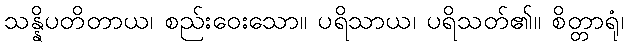
သန္နိပတိတာယ၊ စည်းဝေးသော။ ပရိသာယ၊ ပရိသတ်၏။ စိတ္တာရုံ၊